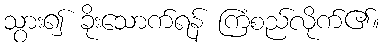
သွား၍ ခိုးသောက်ရန် ကြံစည်လိုက်၏။